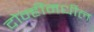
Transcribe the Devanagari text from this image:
दोन्हींमधील